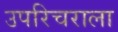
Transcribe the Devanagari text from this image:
उपरिचराला